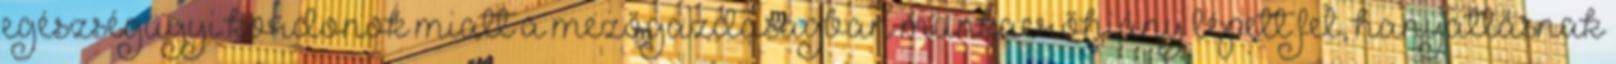
egészségügyi kordonok miatt a mezőgazdaságban munkaerőhiány lépett fel, hanyatlásnak